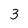
Character: 3